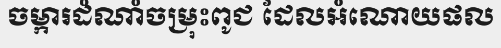
ចម្ការដំណាំចម្រុះពូជ ដែលអំណោយផល